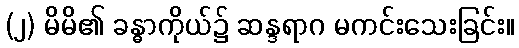
(၂) မိမိ၏ ခန္ဓာကိုယ်၌ ဆန္ဒရာဂ မကင်းသေးခြင်း။